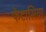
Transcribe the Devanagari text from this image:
फेंटासिया